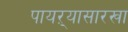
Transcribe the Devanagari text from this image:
पायऱ्यासारखा